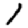
Digit: 1